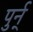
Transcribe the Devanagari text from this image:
पुर्न्